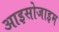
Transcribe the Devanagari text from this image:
आइसोजाइम